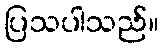
ပြသပါသည်။